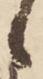
候